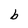
Character: b